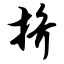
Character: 挤